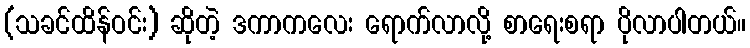
(သခင်ထိန်ဝင်း) ဆိုတဲ့ ဒကာကလေး ရောက်လာလို့ စာရေးစရာ ပိုလာပါတယ်။